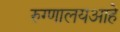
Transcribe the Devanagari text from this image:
रुग्णालयआहे